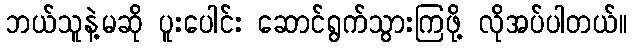
ဘယ်သူနဲ့မဆို ပူးပေါင်း ဆောင်ရွက်သွားကြဖို့ လိုအပ်ပါတယ်။